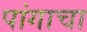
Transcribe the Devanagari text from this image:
पांगाचा